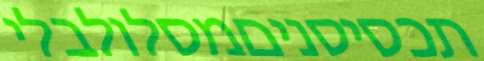
תכסיסניםמסלולבלי